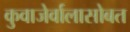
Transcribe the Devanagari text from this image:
कुवाजेर्वालासोबत